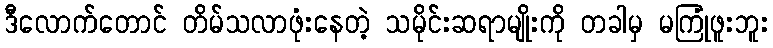
ဒီလောက်တောင် တိမ်သလာဖုံးနေတဲ့ သမိုင်းဆရာမျိုးကို တခါမှ မကြုံဖူးဘူး